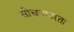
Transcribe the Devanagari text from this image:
सोचनापरता